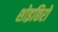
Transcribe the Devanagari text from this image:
शोइछिरो